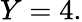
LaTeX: Y=4.